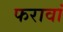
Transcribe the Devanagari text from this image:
फरावां